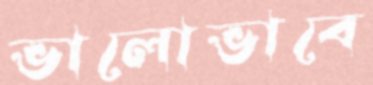
ভালোভাবে